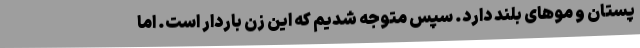
پستان و موهای بلند دارد. سپس متوجه شدیم که این زن باردار است. اما